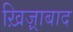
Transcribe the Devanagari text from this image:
ख़िज़्राबाद